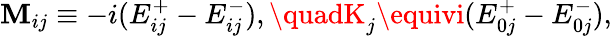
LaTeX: \mathbf{M}_{ij}\equiv-i(E_{ij}^{+}-E_{ij}^{-}),\quadK_{j}\equivi(E_{0j}^{+}-E_{0j}^{-}),